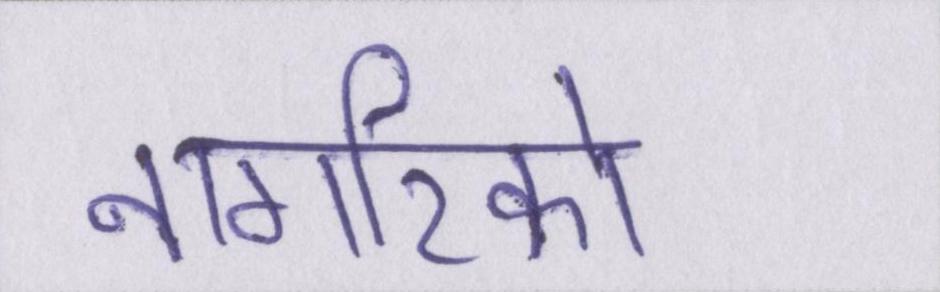
नागरिको